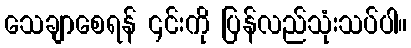
သေချာစေရန် ၎င်းကို ပြန်လည်သုံးသပ်ပါ။